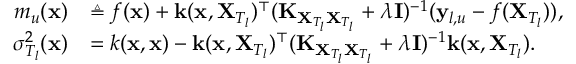
\begin{array} { r l } { m _ { u } ( \mathbf { x } ) } & { \triangleq f ( \mathbf { x } ) + \mathbf { k } ( \mathbf { x } , \mathbf { X } _ { T _ { l } } ) ^ { \top } ( \mathbf { K } _ { \mathbf { X } _ { T _ { l } } \mathbf { X } _ { T _ { l } } } + \lambda \mathbf { I } ) ^ { - 1 } ( \mathbf { y } _ { l , u } - f ( \mathbf { X } _ { T _ { l } } ) ) , } \\ { \sigma _ { T _ { l } } ^ { 2 } ( \mathbf { x } ) } & { = k ( \mathbf { x } , \mathbf { x } ) - \mathbf { k } ( \mathbf { x } , \mathbf { X } _ { T _ { l } } ) ^ { \top } ( \mathbf { K } _ { \mathbf { X } _ { T _ { l } } \mathbf { X } _ { T _ { l } } } + \lambda \mathbf { I } ) ^ { - 1 } \mathbf { k } ( \mathbf { x } , \mathbf { X } _ { T _ { l } } ) . } \end{array}